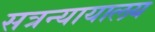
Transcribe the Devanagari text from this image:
सत्रन्यायालय